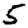
Digit: 5